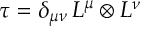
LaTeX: \tau = \delta _ { \mu \nu } \, { \cal L } ^ { \mu } \otimes { \cal L } ^ { \nu }